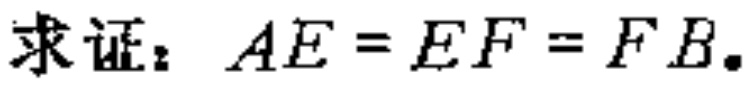
求证：\(AE = EF = FB\).